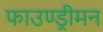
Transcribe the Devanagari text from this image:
फाउण्ड्रीमन